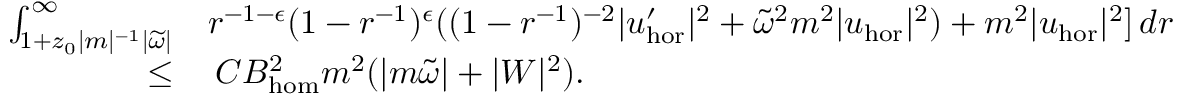
\begin{array} { r l } { \int _ { 1 + z _ { 0 } | m | ^ { - 1 } | \widetilde { \omega } | } ^ { \infty } } & { r ^ { - 1 - \epsilon } ( 1 - r ^ { - 1 } ) ^ { \epsilon } ( ( 1 - r ^ { - 1 } ) ^ { - 2 } | u _ { \mathrm { h o r } } ^ { \prime } | ^ { 2 } + \widetilde { \omega } ^ { 2 } m ^ { 2 } | u _ { \mathrm { h o r } } | ^ { 2 } ) + m ^ { 2 } | u _ { \mathrm { h o r } } | ^ { 2 } ] \, d r } \\ { \leq } & { \: C B _ { \mathrm { h o m } } ^ { 2 } m ^ { 2 } ( | m \widetilde { \omega } | + | W | ^ { 2 } ) . } \end{array}